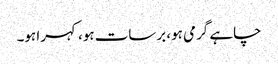
چاہے گرمی ہو، برسات ہو، کہرا ہو۔